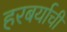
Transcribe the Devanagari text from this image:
हरबर्याची